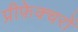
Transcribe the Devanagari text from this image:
प्रीफ़ेक्चरों